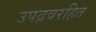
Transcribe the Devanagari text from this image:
उपद्रवरहित